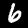
Digit: 6